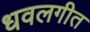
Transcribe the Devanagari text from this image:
धवलगीत